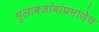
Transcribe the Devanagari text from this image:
गुलाबजांबांप्रमाणेच